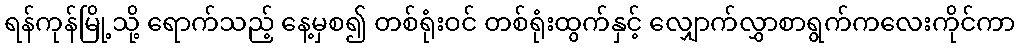
ရန်ကုန်မြို့သို့ ရောက်သည့် နေ့မှစ၍ တစ်ရုံးဝင် တစ်ရုံးထွက်နှင့် လျှောက်လွှာစာရွက်ကလေးကိုင်ကာ